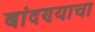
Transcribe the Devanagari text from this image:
बांदण्याचा